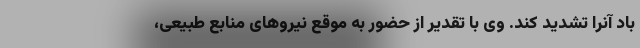
باد آنرا تشدید کند. وی با تقدیر از حضور به موقع نیروهای منابع طبیعی،